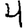
Digit: 4